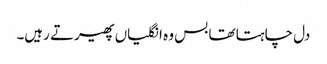
دل چاہتا تھا بس وہ انگلیاں پھیرتے رہیں۔